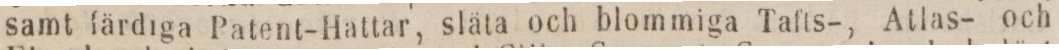
samt färdiga Patent-Hattar, släta och blommiga Tafts-, Atlas- och